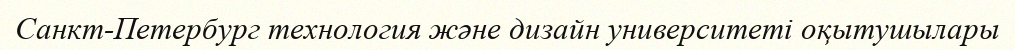
Санкт-Петербург технология және дизайн университеті оқытушылары